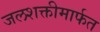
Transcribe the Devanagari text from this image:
जलशक्तीमार्फत